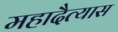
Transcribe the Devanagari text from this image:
महादैत्यास